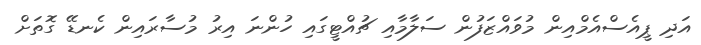
އަދި ޕީއެސްއެމްއިން މުވައްޒަފުން ސަލާމާއި ޗުއްޓީގައި ހުންނަ އިރު މުސާރައިން ކެނޑޭ ގޮތަށް